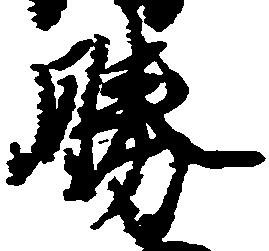
勝